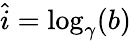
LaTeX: \hat{i}=\log_{\gamma}(b)